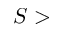
S >